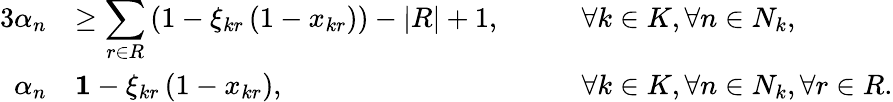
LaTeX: \begin{array}{rlrl}{{3}\alpha_{n}}&{\ge\displaystyle\sum_{r\in R}\left(1-\xi_{kr}\left(1-x_{kr}\right)\right)-|R|+1,}&&{\quad\forall k\in K,\forall n\in N_{k},}\\ {\alpha_{n}}&{\le 1-\xi_{kr}\left(1-x_{kr}\right),}&&{\quad\forall k\in K,\forall n\in N_{k},\forall r\in R.}\end{array}